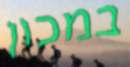
במכון